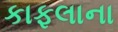
કાફલાના